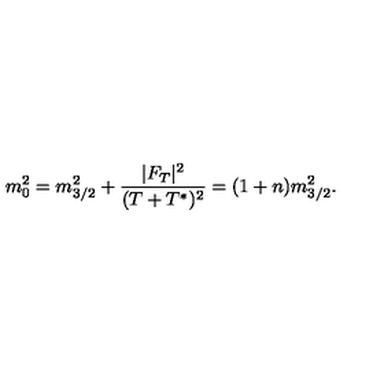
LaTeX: m _ { 0 } ^ { 2 } = m _ { 3 / 2 } ^ { 2 } + \frac { | F _ { T } | ^ { 2 } } { ( T + T ^ { * } ) ^ { 2 } } = ( 1 + n ) m _ { 3 / 2 } ^ { 2 } .